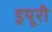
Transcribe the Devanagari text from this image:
ड्रयूरी